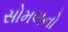
સોમલનો